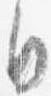
日